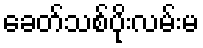
ခေတ်သစ်ပိုးလမ်းမ